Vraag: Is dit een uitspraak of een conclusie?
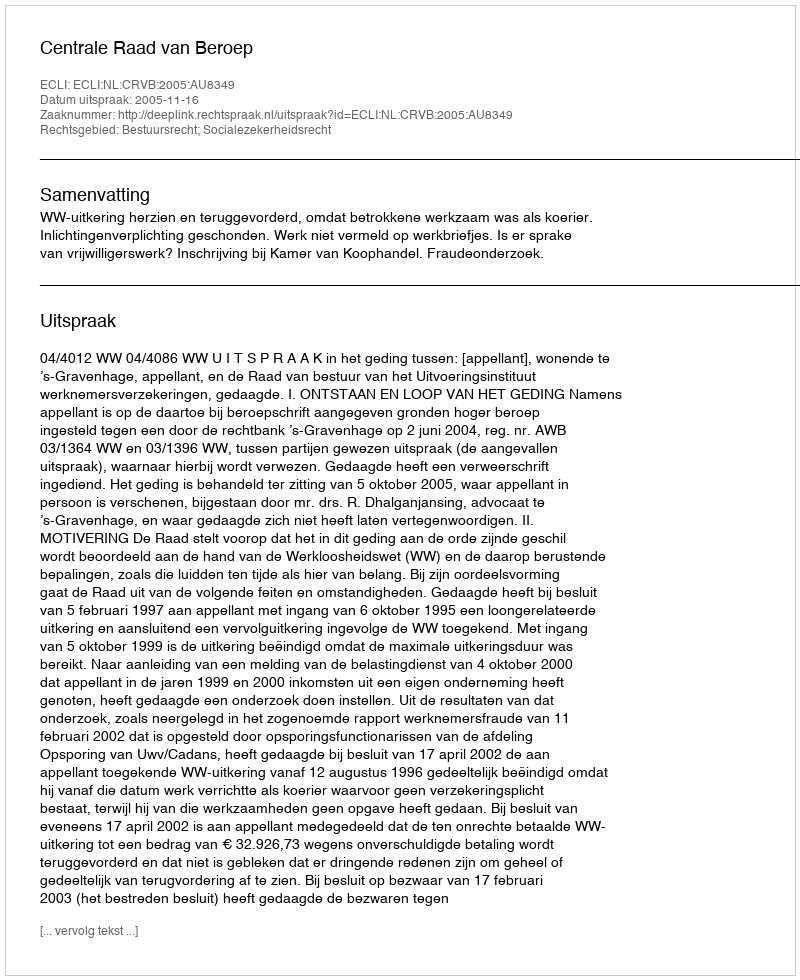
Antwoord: Uitspraak